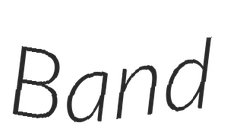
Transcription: Band